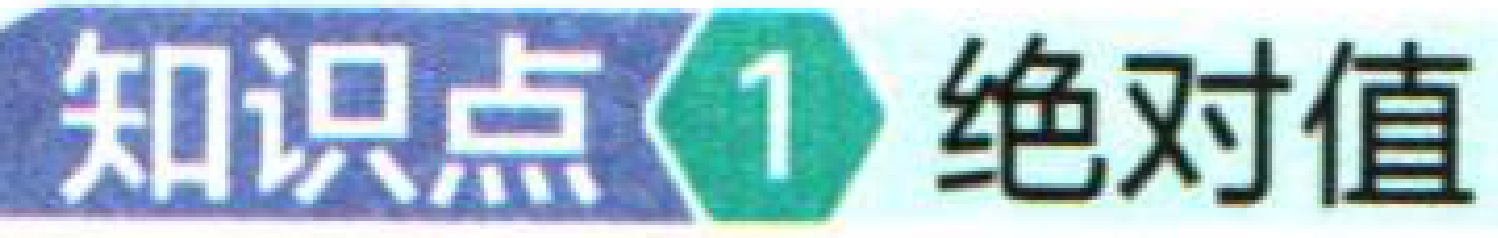
知识点 1 绝对值